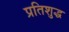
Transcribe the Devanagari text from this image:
प्रतिशुद्ध